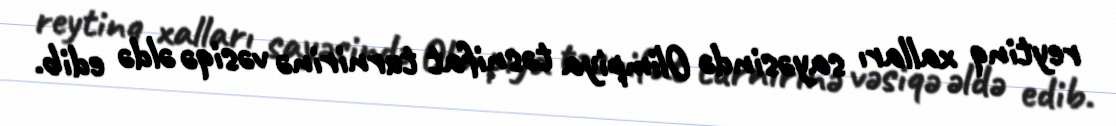
reytinq xalları sayəsində Olimpiya təsnifat turnirinə vəsiqə əldə edib.